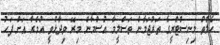
ހެލްތު މިނިސްޓްރީގެ ތަރުޖަމާން ތަސްލީމާ އުސްމާން މިރޭ ވިދާޅުވީ އުމްރާ އަށް ފަހު